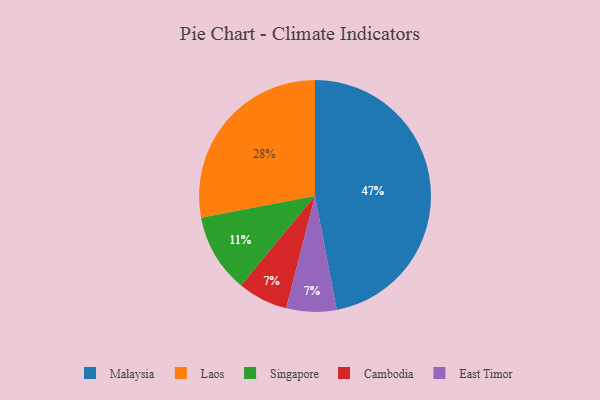
{"axis": {"x": "Category", "y": "Percentage"}, "legend": ["Cambodia", "East Timor", "Laos", "Malaysia", "Singapore"], "data": [{"x": "Laos", "y": 28, "type": "Laos"}, {"x": "Singapore", "y": 11, "type": "Singapore"}, {"x": "Cambodia", "y": 7, "type": "Cambodia"}, {"x": "East Timor", "y": 7, "type": "East Timor"}, {"x": "Malaysia", "y": 47, "type": "Malaysia"}]}